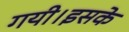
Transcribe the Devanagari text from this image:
गयी।इसके